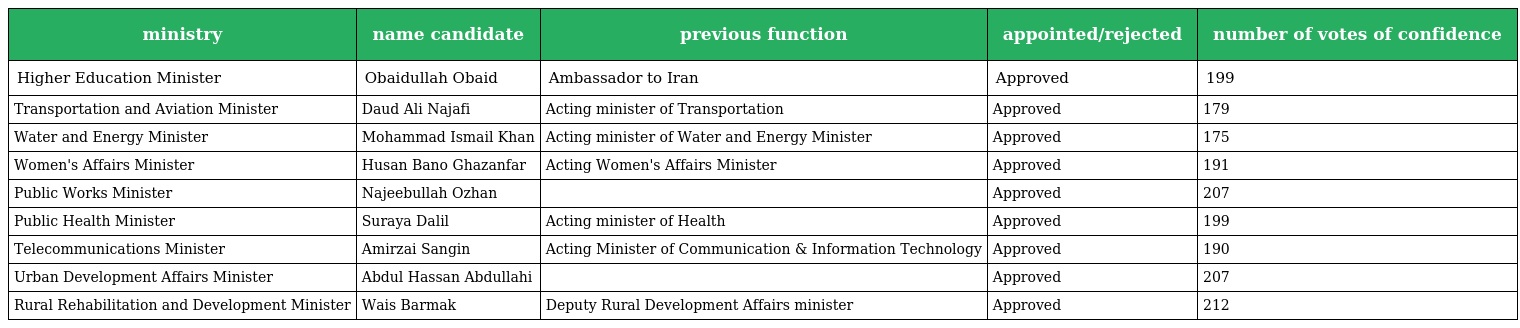
| ministry | name candidate | previous function | appointed/rejected | number of votes of confidence |
 | --- | --- | --- | --- | --- |
 | Higher Education Minister | Obaidullah Obaid | Ambassador to Iran | Approved | 199 |
 | Transportation and Aviation Minister | Daud Ali Najafi | Acting minister of Transportation | Approved | 179 |
 | Water and Energy Minister | Mohammad Ismail Khan | Acting minister of Water and Energy Minister | Approved | 175 |
 | Women's Affairs Minister | Husan Bano Ghazanfar | Acting Women's Affairs Minister | Approved | 191 |
 | Public Works Minister | Najeebullah Ozhan |  | Approved | 207 |
 | Public Health Minister | Suraya Dalil | Acting minister of Health | Approved | 199 |
 | Telecommunications Minister | Amirzai Sangin | Acting Minister of Communication & Information Technology | Approved | 190 |
 | Urban Development Affairs Minister | Abdul Hassan Abdullahi |  | Approved | 207 |
 | Rural Rehabilitation and Development Minister | Wais Barmak | Deputy Rural Development Affairs minister | Approved | 212 |